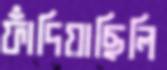
ফাঁদিয়াছিলি